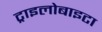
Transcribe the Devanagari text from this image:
ट्राइलोबाइटा